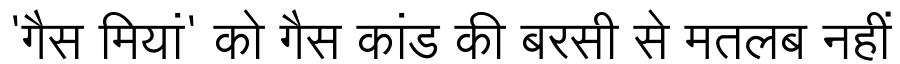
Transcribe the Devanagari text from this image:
'गैस मियां' को गैस कांड की बरसी से मतलब नहीं